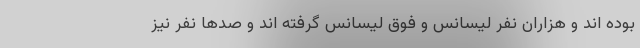
بوده اند و هزاران نفر لیسانس و فوق لیسانس گرفته اند و صد‌ها نفر نیز